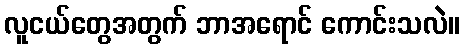
လူငယ်တွေအတွက် ဘာအရောင် ကောင်းသလဲ။